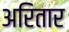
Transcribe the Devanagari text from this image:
अरितार